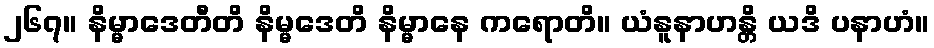
၂၆၇။ နိမ္မာဒေတီတိ နိမ္မဒေတိ နိမ္မာနေ ကရောတိ။ ယံနူနာဟန္တိ ယဒိ ပနာဟံ။